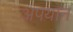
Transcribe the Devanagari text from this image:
अपयान